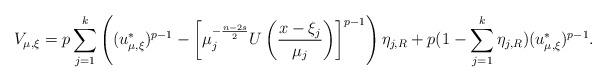
LaTeX: \begin{align*}V_{\mu, \xi} = p\sum_{j=1}^k\left((u^*_{\mu, \xi})^{p-1} - \left[\mu_j^{-\frac{n-2s}{2}}U\left(\frac{x-\xi_j}{\mu_j}\right)\right]^{p-1}\right)\eta_{j,R} + p(1-\sum_{j=1}^k\eta_{j, R})(u^*_{\mu, \xi})^{p-1}.\end{align*}